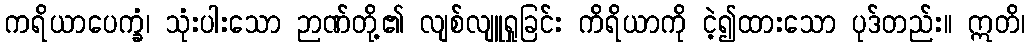
ကရိယာပေက္ခံ၊ သုံးပါးသော ဉာဏ်တို့၏ လျစ်လျူရှုခြင်း ကိရိယာကို ငဲ့၍ထားသော ပုဒ်တည်း။ ဣတိ၊